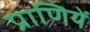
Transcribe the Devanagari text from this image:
प्राणियें